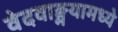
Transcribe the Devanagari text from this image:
वेदवाङ्मयामध्ये